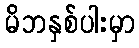
မိဘနှစ်ပါးမှာ